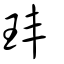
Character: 玤